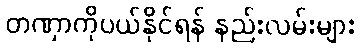
တဏှာကိုပယ်နိုင်ရန် နည်းလမ်းများ